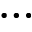
\cdots